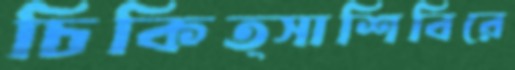
চিকিত্সাশিবিরে